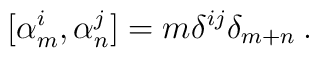
[ \alpha^i_m, \alpha^j_n ] = m \delta^{ij} \delta_{m + n} \>.